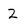
Character: 2